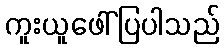
ကူးယူဖေါ်ပြပါသည်